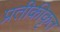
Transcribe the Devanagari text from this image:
प्रतीकीकृत